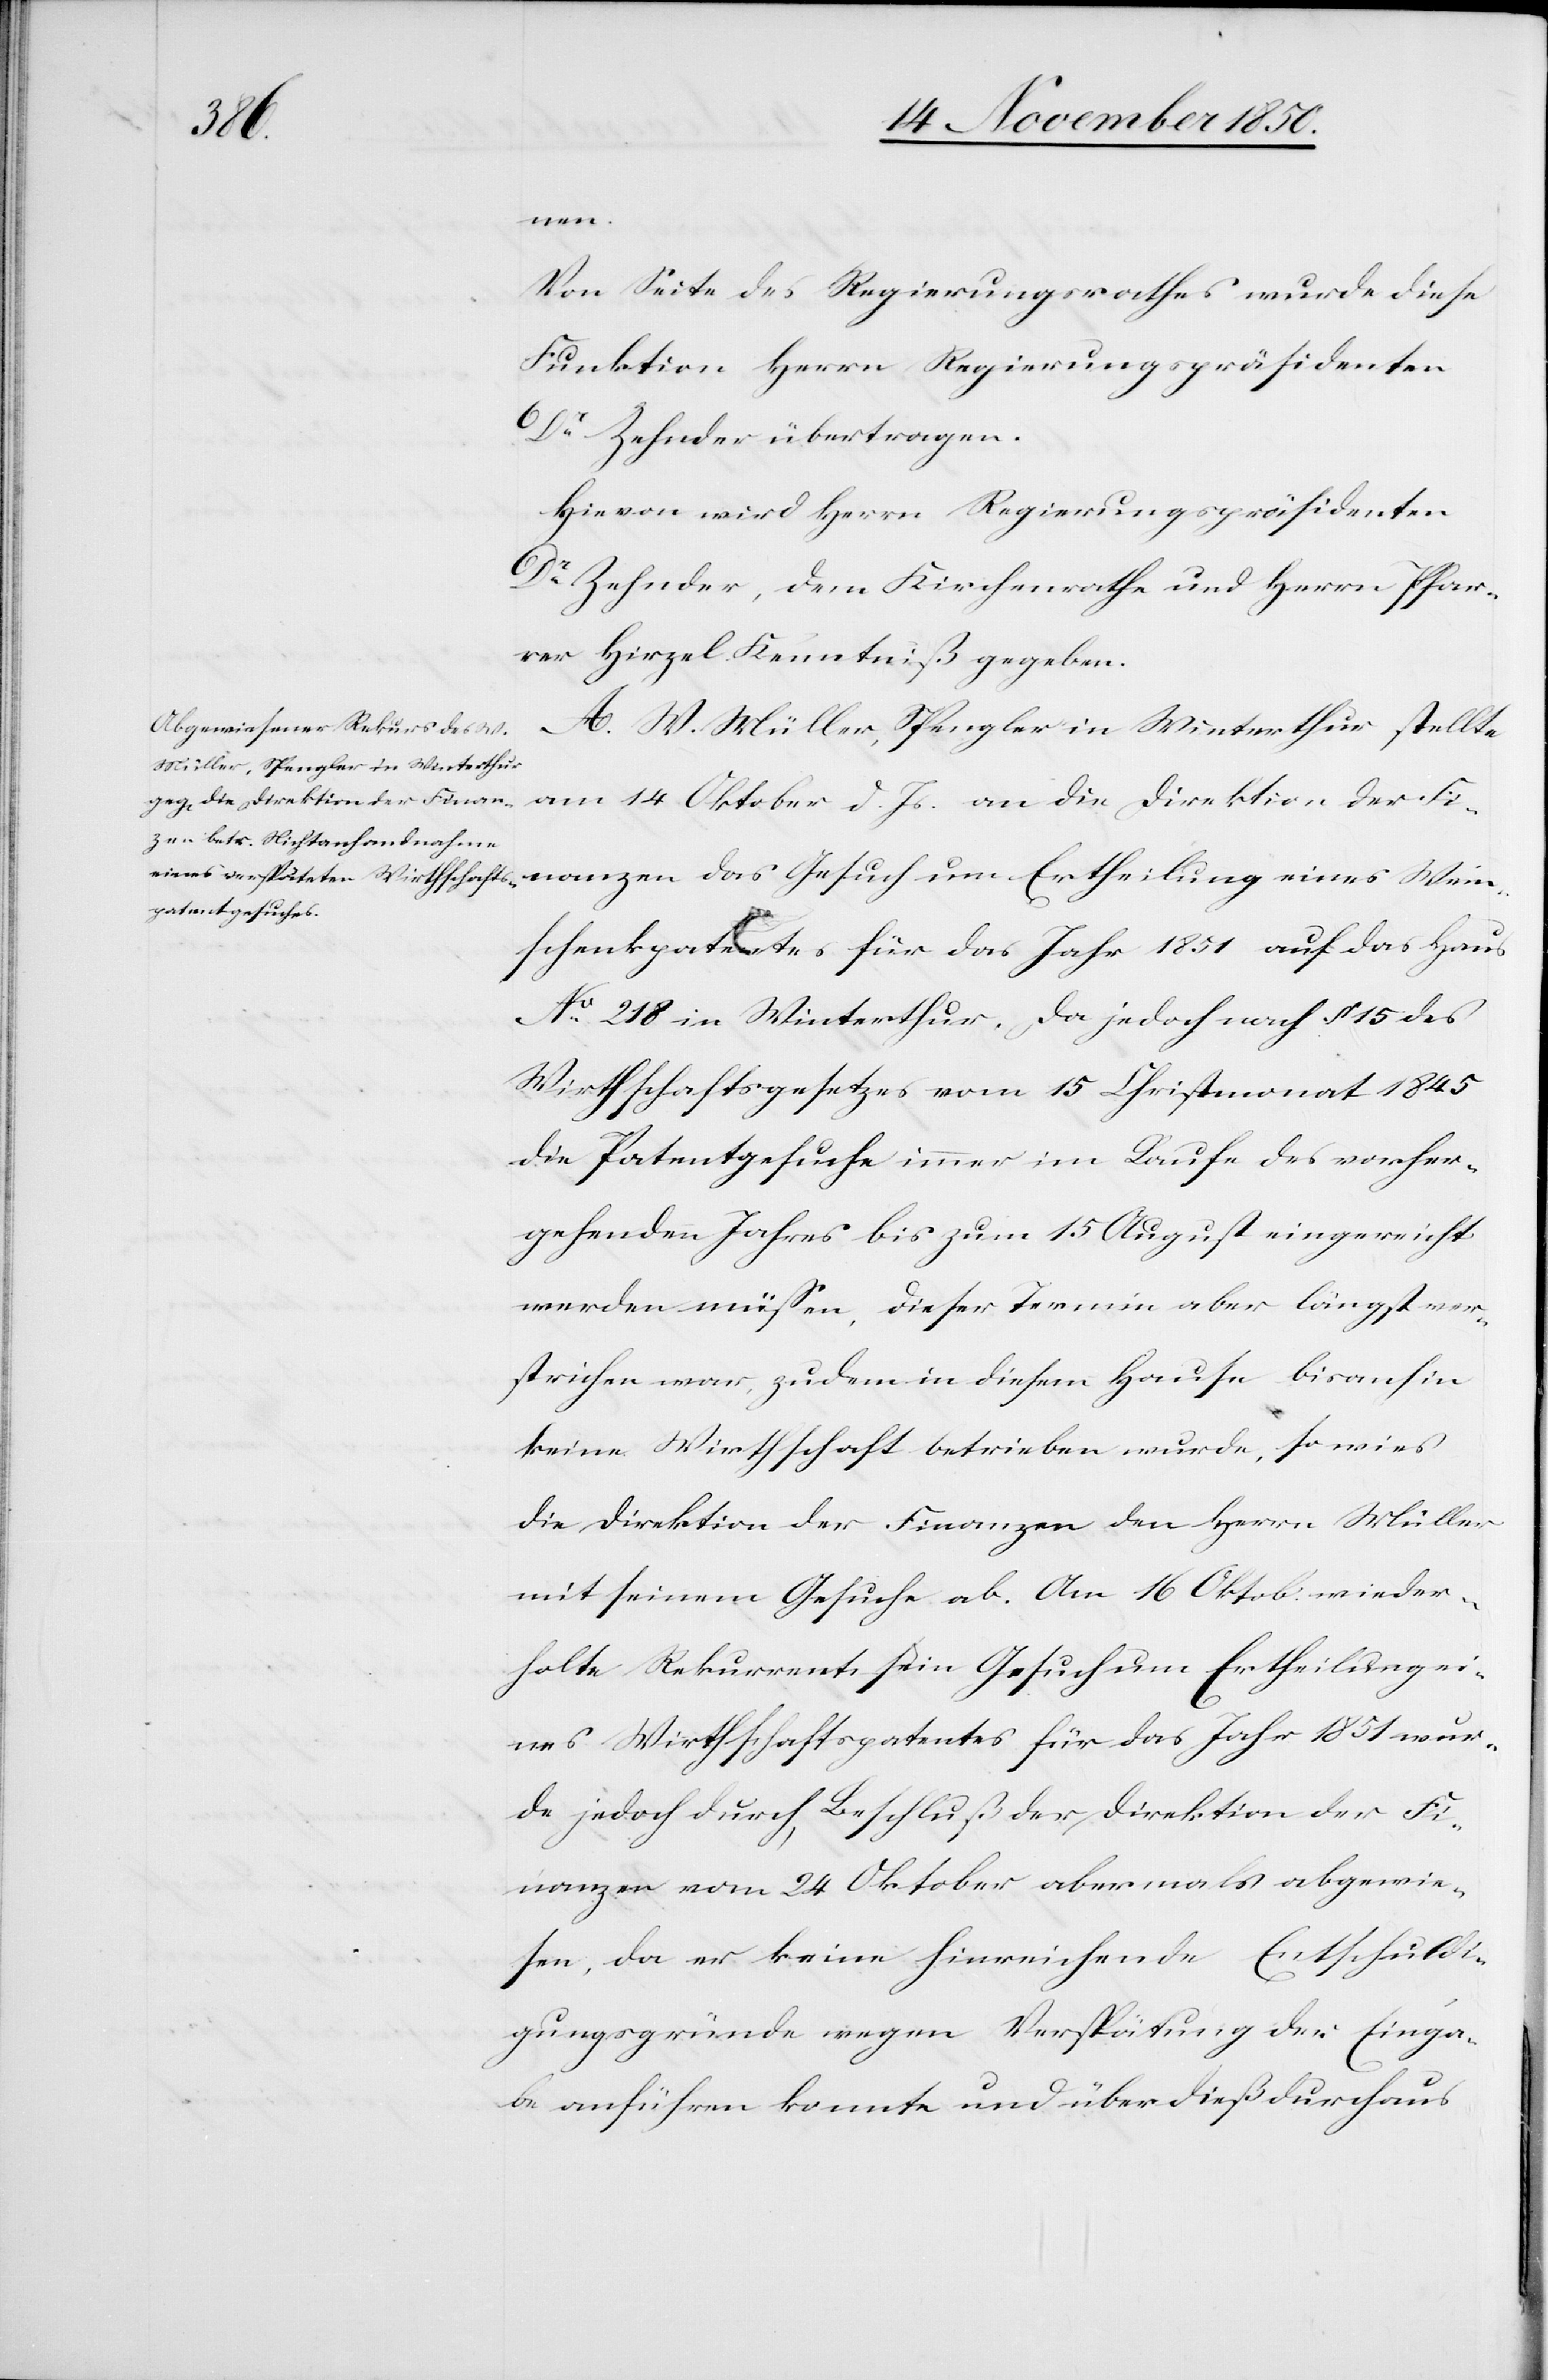
Wein¬
Von Seite des Regierungsrathes wurde diese
Funktion Herrn Regierungspräsidenten
Dr Zehnder übertragen.
Hievon wird Herrn Regierungspräsidenten
Dr Zehnder, dem Kirchenrathe und Herrn Pfar¬
rer Hirzel Kenntniß gegeben.
A. W. Müller, Spengler in Winterthur stellte
am 14 Oktober d. Js. an die Direktion der Fi¬
schenkpatentes für das Jahr 1851 auf das Haus
No 218 in Winterthur. Da jedoch nach § 15 des
Wirthschaftsgesetzes vom 15 Christmonat 1845
die Patentgesuche immer im Laufe des vorher¬
gehenden Jahres bis zum 15 August eingereicht
werden müssen, dieser Termin aber längst ver¬
strichen war, zudem in diesem Hause bisanhin
keine Wirthschaft betrieben wurde, so wies
die Direktion der Finanzen den Herrn Müller
mit seinem Gesuche ab. Am 16 Oktob. wieder¬
holte Rekurrent sein Gesuch um Ertheilung ei¬
nes Wirthschaftspatentes für das Jahr 1851 wur¬
de jedoch durch Beschluß der Direktion der Fi¬
nanzen vom 24 Oktober abermals abgewie¬
sen, da er keine hinreichende Entschuldi¬
gungsgründe wegen Verspätung der Einga¬
be anführen konnte und überdieß durchaus